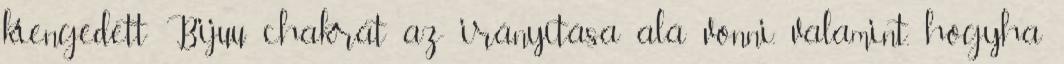
kiengedett Bijuu chakrát az irányítása alá vonni, valamint, hogyha